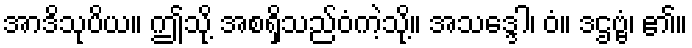
အာဒိသုပိယ။ ဤသို့ အစရှိသည်ဝံကဲ့သို့။ အသဒ္ဒေါ၊ ဝံ။ ဒဌဗ္ဗံ၊ ၏။